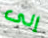
إلى